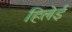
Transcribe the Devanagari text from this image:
हिलेई